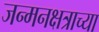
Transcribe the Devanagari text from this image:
जन्मनक्षत्राच्या